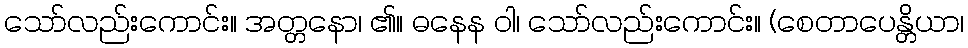
သော်လည်းကောင်း။ အတ္တနော၊ ၏။ ဓနေန ဝါ၊ သော်လည်းကောင်း။ (စေတာပေန္တိယာ၊